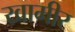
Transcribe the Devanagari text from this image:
खामीर